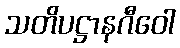
သတိပဋ္ဌာနဂီဝေါ